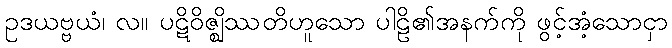
ဥဒယဗ္ဗယံ၊ လ။ ပဋိဝိဇ္ဈိဿတိဟူသော ပါဠိ၏အနက်ကို ဖွင့်အံ့သောငှာ